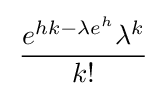
\,{\frac {e^{hk-\lambda e^{h}}\lambda ^{k}}{k!}}